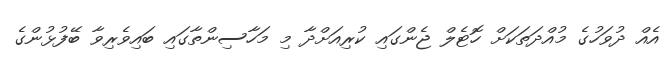
އެއް ދުވަހުގެ މުއްދަތަކަށް ހޮޓެލް ޖެންގައި ކުރިއަށްދާ މި މަހާސިންތާގައި ބައިވެރިވާ ބޭފުޅުންގެ